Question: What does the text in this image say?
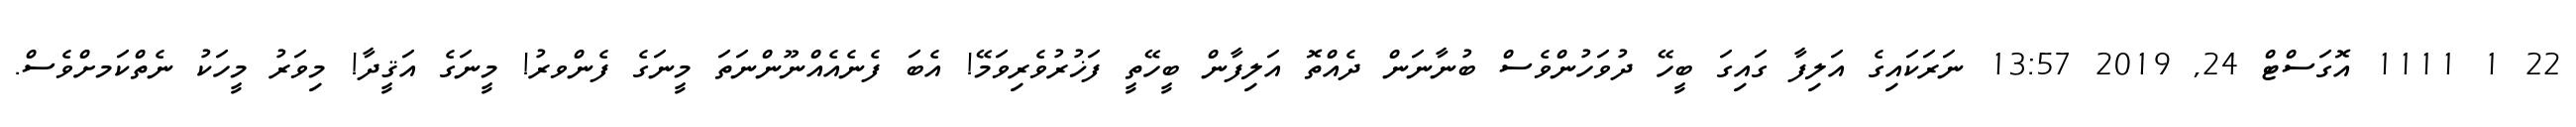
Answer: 22 1 1111 އޮގަސްޓް 24, 2019 13:57 ނަރަކައިގެ އަލިފާ ގައިގަ ބީހޭ ދުވަހުންވެސް ބުނާނަން ދެއްތޮ އަލިފާން ބީހޭތީ ފަޚުރުވެރިވަމޭ! އެބަ ފެނެއެއްނޫންނަތަ މީނަގެ ފެންވރު! މީނަގެ އަޤީދާ! މިވަރު މީހަކު ނެތްކަމށްވެސް.